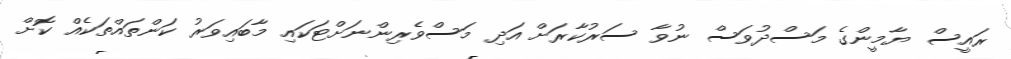
ރައީސް ޔާމީންގެ މަސްދުވަސް ނުވާ ސަރުކާރަށް އަދި މަސްވެރިންނަށްޓަކައި މާބައިވަރު ކަންތައްތަކެއް ކޮށް